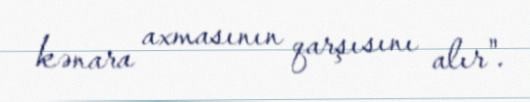
kənara axmasının qarşısını alır".